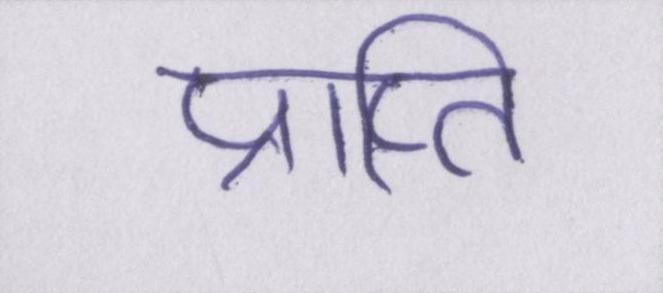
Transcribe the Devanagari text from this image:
प्राप्ति